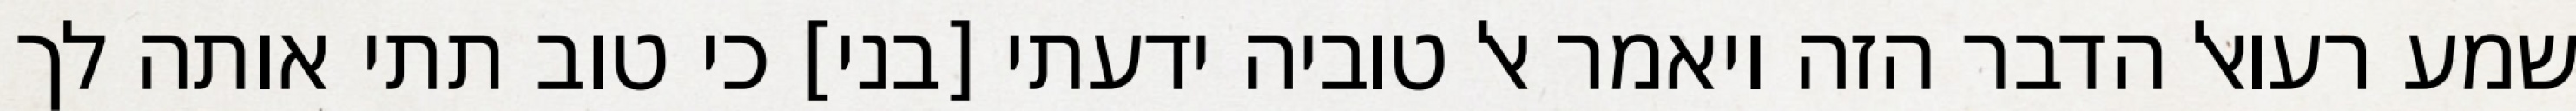
שמע רעואל הדבר הזה ויאמר אל טוביה ידעתי [בני] כי טוב תתי אותה לך